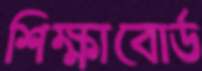
শিক্ষাবোর্ড